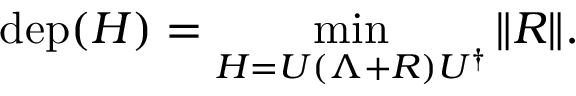
\mathrm { d e p } ( H ) = \operatorname* { m i n } _ { H = U ( \Lambda + R ) U ^ { \dag } } \| R \| .